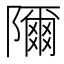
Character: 隬